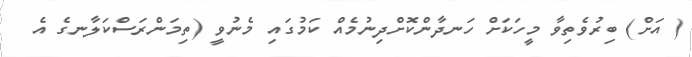
( އަށް) ބިރުވެތިވާ މީހަކަށް ހަނދާންކޮށްދިނުމެއް ކަމުގައި މެނުވީ (ތިމަންރަސްކަލާނގެ އެ